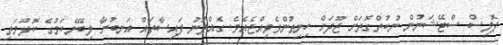
ޕޮލިސް ސްޓޭޝަނުން ނުކުތްގޮތަށް ޖޫދަށް ހިނިތުންވެވިއްޖެއެވެ. ގެއްލުނު ފައިސާތައް އަނބުރާ ލިބޭނެކަމުގެ ކޮޅުމަތި